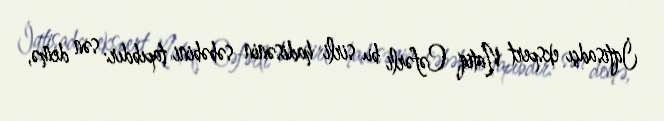
İqtisadçı ekspert Natiq Cəfərli bu sirli hadisənin səbəbini tapıbdır: sən demə,